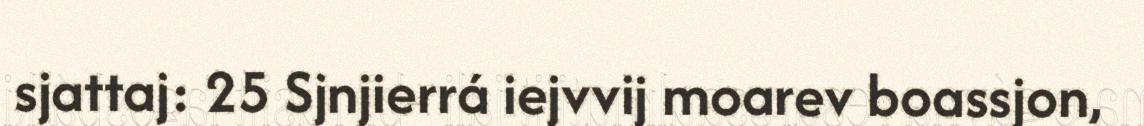
sjattaj: 25 Sjnjierrá iejvvij moarev boassjon,